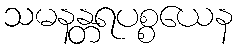
သမနန္တရပစ္စယေန